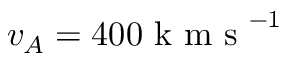
v _ { A } = 4 0 0 \mathrm { ~ k ~ m ~ s ~ } ^ { - 1 }